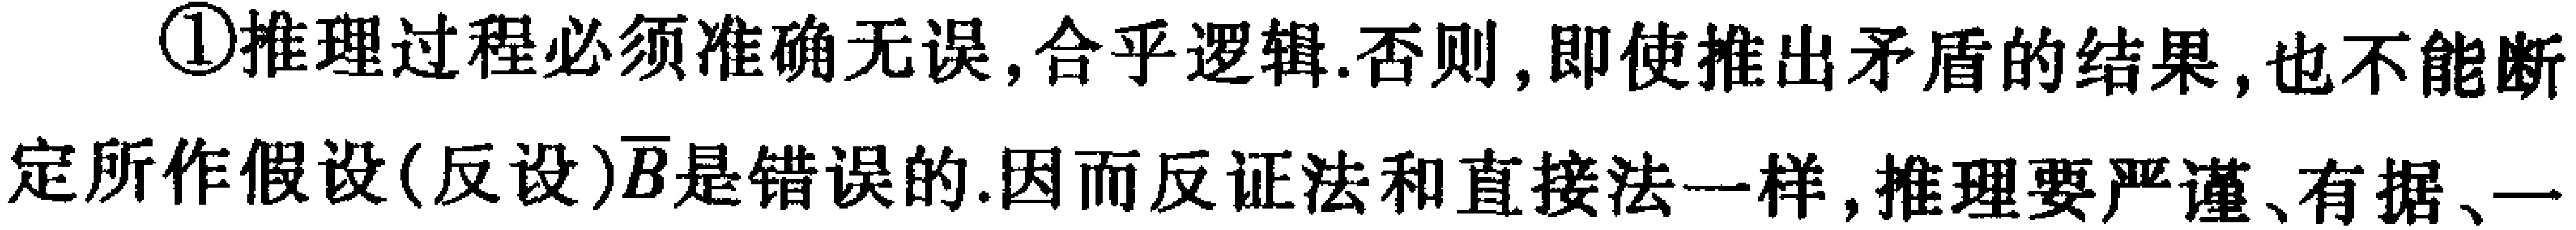
\textcircled{1}推理过程必须准确无误,合乎逻辑.否则,即使推出矛盾的结果,也不能断定所作假设(反设)\(\overline{B}\)是错误的.因而反证法和直接法一样,推理要严谨、有据、一